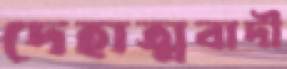
দেহাত্মবাদী